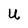
Character: U